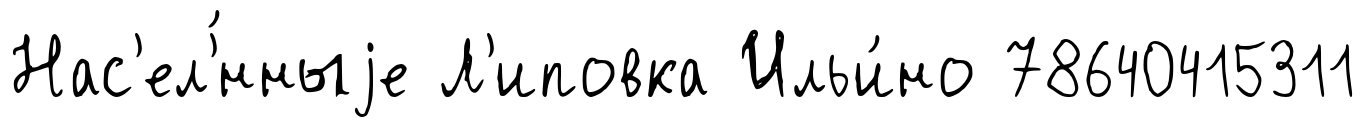
Нас'ел'́нныjе Л'иповка Ильи́но 78640415311